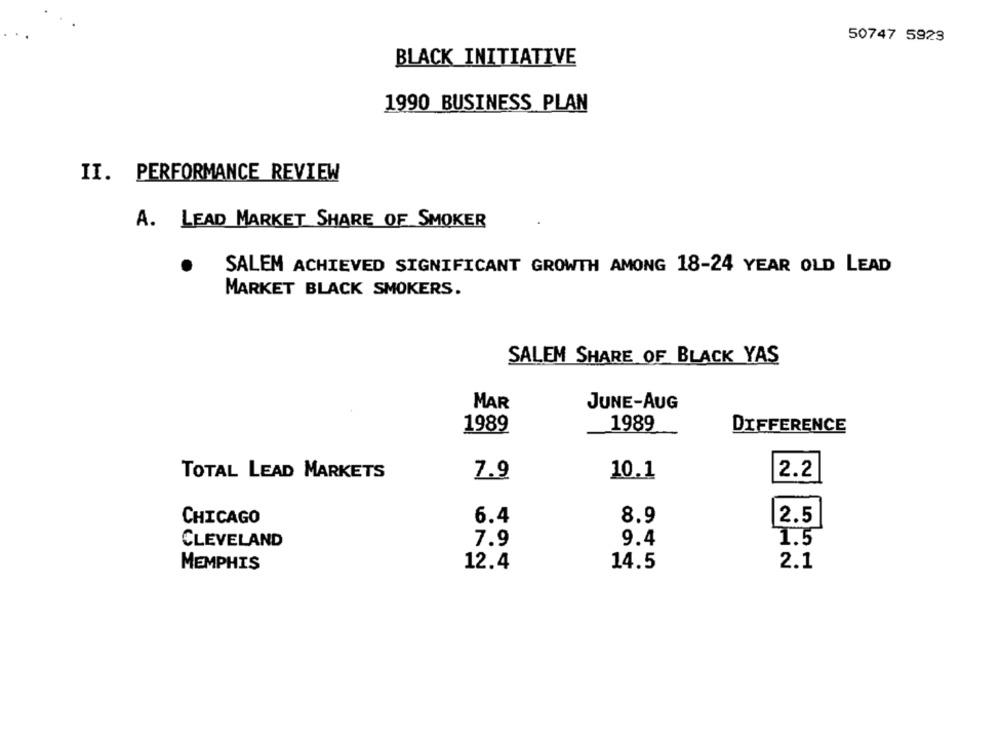
50747 5923
BLACK INITIATIVE
1990 BUSINESS PLAN
II. PERFORMANCE REVIEW
A. LEAD MARKET SHARE OF SMOKER
SALEM ACHIEVED SIGNIFICANT GROWTH AMONG 18-24 YEAR OLD LEAD
MARKET BLACK SMOKERS.
SALEM SHARE OF BLACK YAS
MAR
JUNE-AUG
1989
1989
DIFFERENCE
7.9
10.1
2.2
TOTAL LEAD MARKETS
CHICAGO
6.4
8.9
2.5
7.9
9.4
1.5
CLEVELAND
14.5
MEMPHIS
12.4
2.1